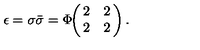
\epsilon = \sigma \bar { \sigma } = \Phi \! \! \left( \! \! \begin{array} { c c } { 2 } & { 2 } \\ { 2 } & { 2 } \\ \end{array} \! \! \right) .